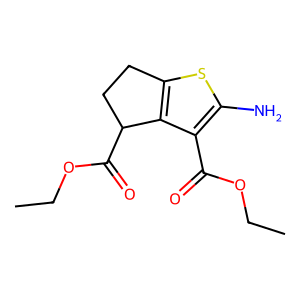
SMILES: CCOC(=O)c1c(N)sc2c1C(C(=O)OCC)CC2
Inhibits HIV replication: No